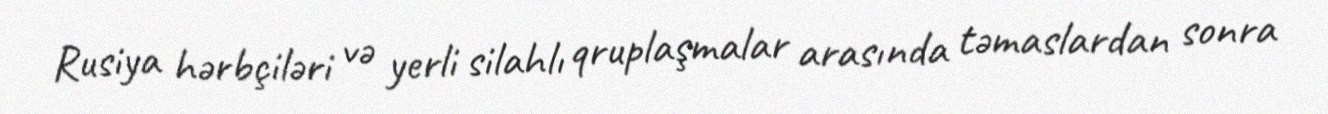
Rusiya hərbçiləri və yerli silahlı qruplaşmalar arasında təmaslardan sonra